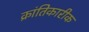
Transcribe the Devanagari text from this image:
क्रांतिकारीक